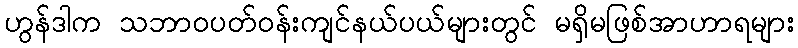
ဟွန်ဒါက သဘာဝပတ်ဝန်းကျင်နယ်ပယ်များတွင် မရှိမဖြစ်အာဟာရများ